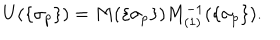
LaTeX: U ( \{ \sigma _ { p } \} ) = M ( \{ \sigma _ { p } \} ) M _ { ( 1 ) } ^ { - 1 } ( \{ \sigma _ { p } \} ) .